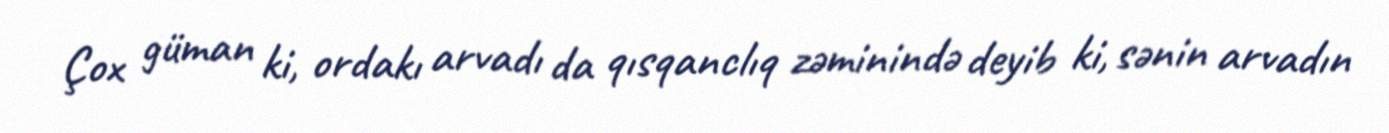
Çox güman ki, ordakı arvadı da qısqanclıq zəminində deyib ki, sənin arvadın